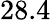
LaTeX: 28.4